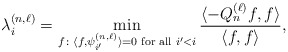
\begin{align*}\lambda_i^{(n, \ell)}= \min_{f \colon \langle f, \psi_{i'}^{(n, \ell)} \rangle =0\textnormal{ for all } i' < i } \frac{\langle -Q_n^{(\ell)}f, f \rangle}{\langle f, f \rangle},\end{align*}